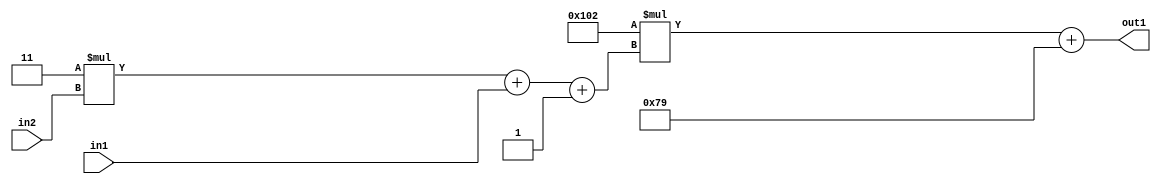
`timescale 1ps / 1ps
/*****************************************************************************
    Verilog RTL Description
    
    
    Created by: Stratus DpOpt 2019.1.01 
*******************************************************************************/

module DC_Filter_Add2i121Mul2i258Add3i1u1Mul2i3u2_1 (
	in2,
	in1,
	out1
	); /* architecture "behavioural" */ 
input [1:0] in2;
input  in1;
output [11:0] out1;
wire [11:0] asc001;
wire [3:0] asc002;

wire [3:0] asc002_tmp_0;
wire [3:0] asc002_tmp_1;
assign asc002_tmp_1 = 
	+(4'B0011 * in2);
assign asc002_tmp_0 = asc002_tmp_1
	+(in1);
assign asc002 = asc002_tmp_0
	+(4'B0001);

wire [11:0] asc001_tmp_2;
assign asc001_tmp_2 = 
	+(12'B000100000010 * asc002);
assign asc001 = asc001_tmp_2
	+(12'B000001111001);

assign out1 = asc001;
endmodule

/* CADENCE  vrP4Qgg= : u9/ySgnWtBlWxVPRXgAZ4Og= ** DO NOT EDIT THIS LINE ******/